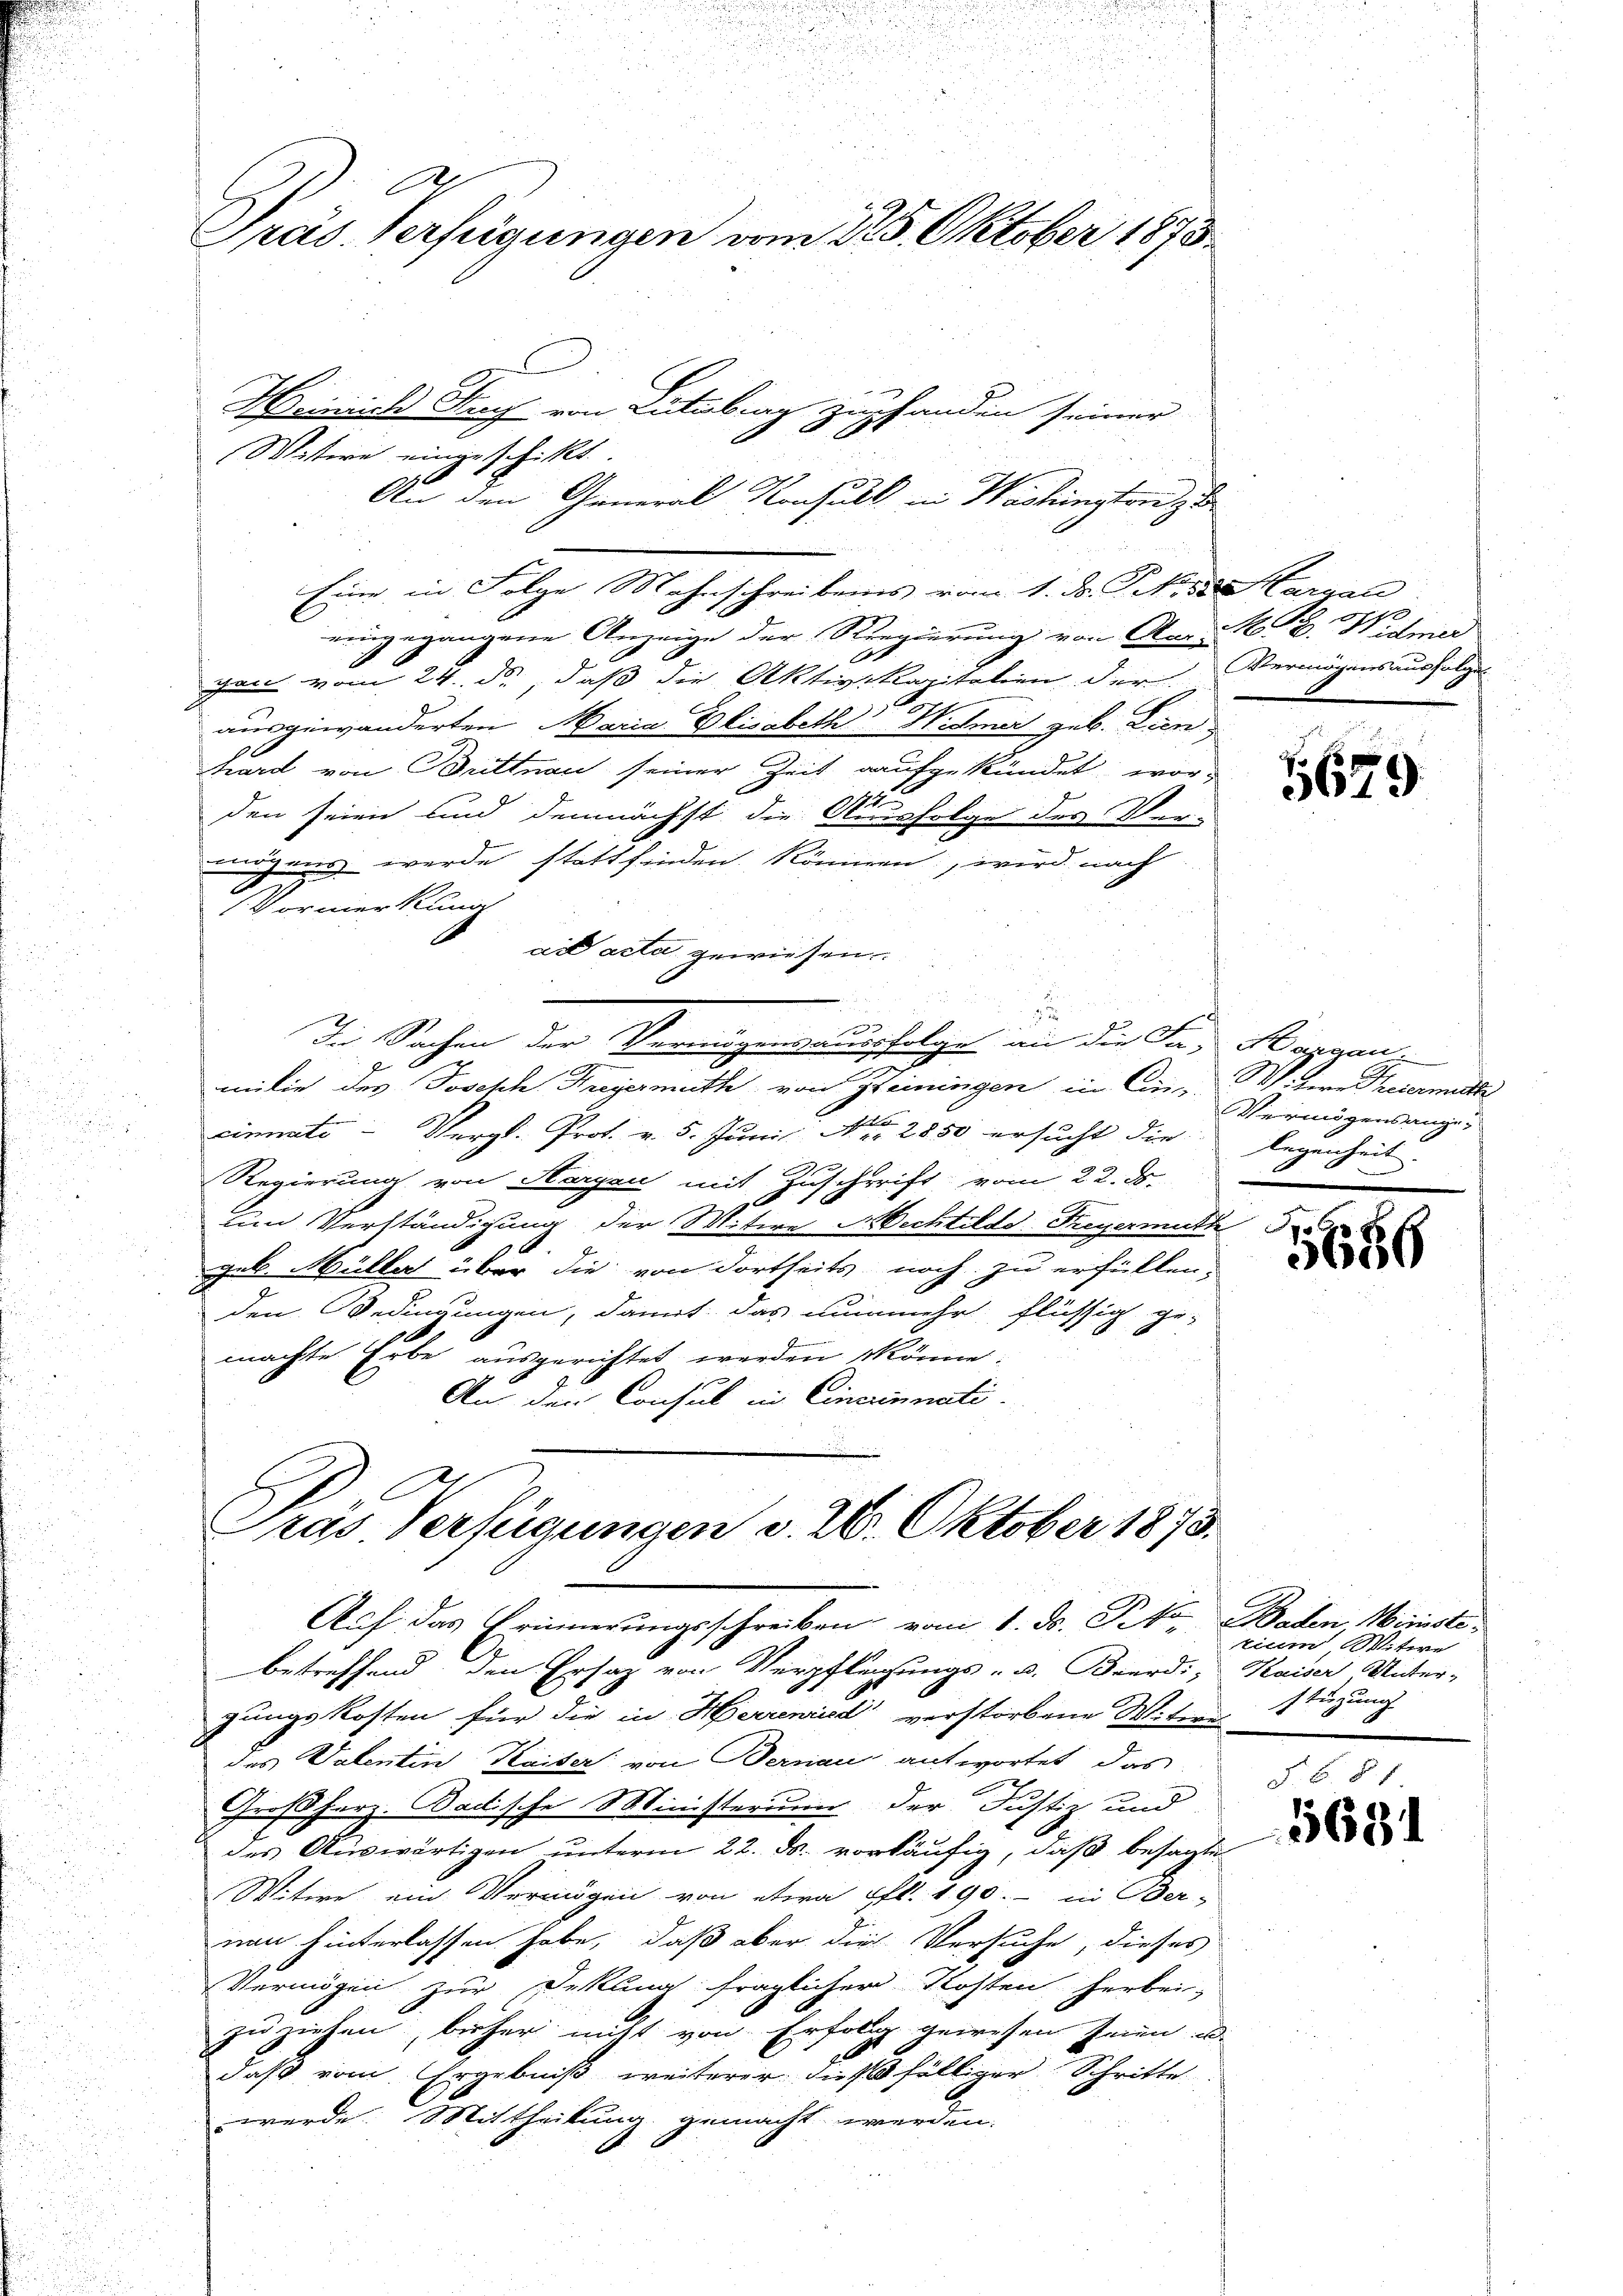
Präs. Verfügungen vom 225. Oktober 1873.

Heinrich Frey von Luterbrag zu handen seiner
Witwe eingeschickt.
An den General Konsul in Washington z
Eine in Folge Mahnschreibens vom 1. ds. Frk. v. Margau
eingegangene Anzeige der Regierung von Aar u. V. B. Widmer
x
gen vom 24. ds., daß die Aktiv-Kapitalien der Vermögensausfolge
ausgewänderten Maria Elisabeth Widmer geb. Lien
hard von Brittnau seiner Zeit aufgekündet wor-
den seien und demnächst die Ausfolge des Ver-
mögens werde stattfinden können, wird nach
Vormerkung
ait acta gewiesen.
u
In Sachen der Vermögungsverfolge an die Fr. Roggenx
e
milie des Joseph Freyermuth, von Heiningen in Comitern Theiermitte
cinnati - Vergl. Prot. v. 5. Juni Nr. 2850 ersucht die legenheit
Regierung von Aargau mit Zuschrift vom 22. ds.
un Verständigung der Mitere Aechtilde Freyermuth
geb. Müller über die von dortheits noch zu erfüllen.
den Bedingungen, damit das nunmehr flüssig ge-
machte Erbe ausgerichtet werden könne.
An den Consul in Cincrimnati
C
Pras Verfügungen v. 26. Oktober 1873.
Auf das Erinnerungsschreiben vom 1. ds. Pako Baden Ministe
betreffend den Ersatz von Verpflegungs- u. Beerdi, Kaiser Unter-
gungskosten für die in Herrenried verstorbene Witwei
des Valentin Kaiser von Bernau antwortet das
Großherz. Badische Ministerium der Justiz und
des Auswärtigen unterm 22. ds. vorläufig, daß besagte
Witwe ein Vermögen von etwa fl. 190. - in Ber-
non hinterlassen habe, daß aber die Versuche, dieses
Vermögen zur Deklina fraglicher Kosten herbei-
zu ziehen, bisher nicht von Erfolg gewesen seien u.
daß vom Ergebniß weiterer die 10 fälliger Schritte
werde. Mittheilung gemacht werden.

5679

Vermögensange¬

5686

tinen Mitere
stüzung

5681